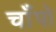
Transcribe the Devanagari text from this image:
चाँपो